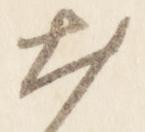
出